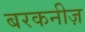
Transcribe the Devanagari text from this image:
बरकनीज़